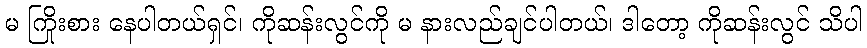
မ ကြိုးစား နေပါတယ်ရှင်၊ ကိုဆန်းလွင်ကို မ နားလည်ချင်ပါတယ်၊ ဒါတော့ ကိုဆန်းလွင် သိပါ